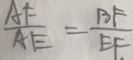
\frac { A F } { A E } = \frac { B F } { E F }